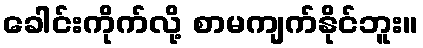
ခေါင်းကိုက်လို့ စာမကျက်နိုင်ဘူး။